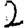
Digit: 2